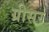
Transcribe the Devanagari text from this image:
ग्रीसर